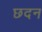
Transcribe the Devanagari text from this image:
छदन